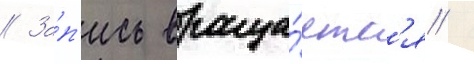
// За́п'ись враща́етс'я /